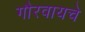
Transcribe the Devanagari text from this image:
गौरवायचे